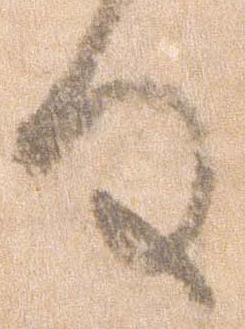
る